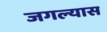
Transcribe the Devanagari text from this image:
जगल्यास